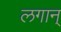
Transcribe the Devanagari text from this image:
लगान्‌